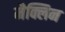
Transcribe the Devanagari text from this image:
मैक्लिन